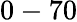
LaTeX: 0-70